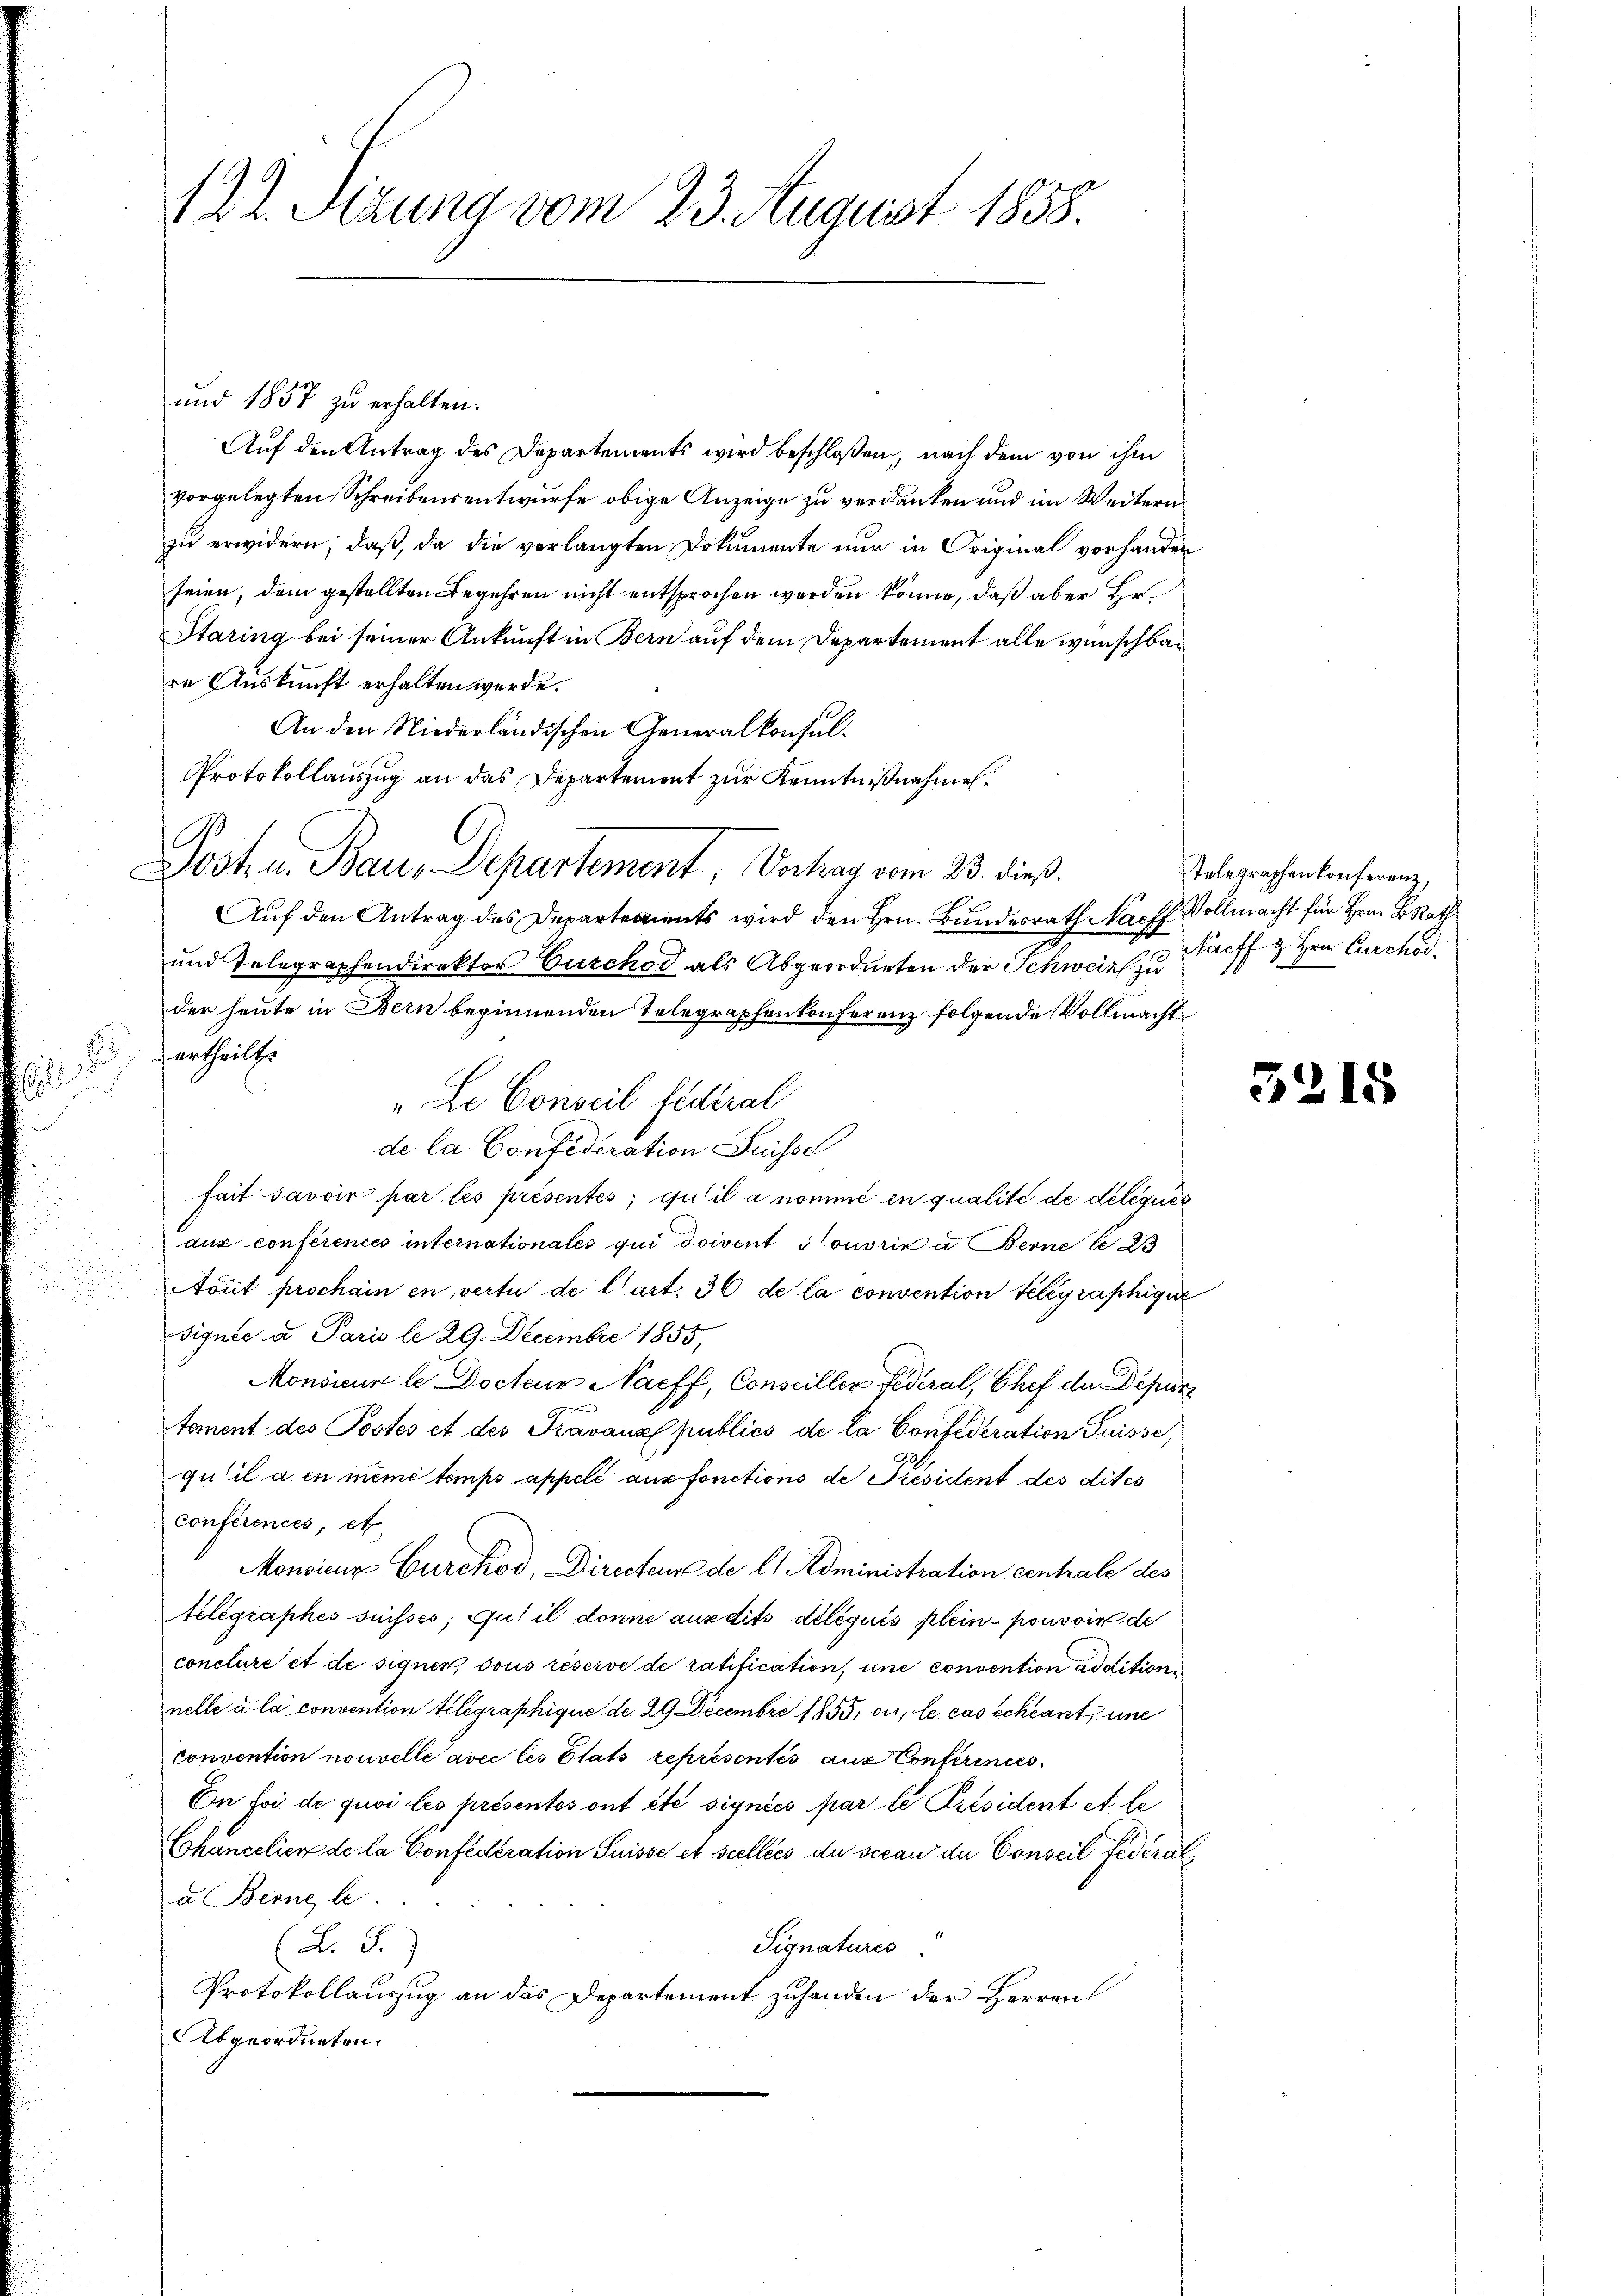
.

und 1857 zu erhalten.
Auf den Antrag des Departements wird beschloßen, nach dem von ihm
vorgelegten Schreibensentwurfe obige Anzeige zu verdanken und im Weitern
zŭ erwidern, daß, da die verlangten Dokumente nur in Original vorhanden
seien, dem gestellten Begehren nicht entsprochen werden könne, daß aber Hr.
Staring bei seiner Ankunft in Bern auf dem Departement alle wünschbar
re Auskunft erhalten werde.
An den Niederländischen Generalkonsul¬
Protokollauszug an das Departement zur Kenntnißnahmen.
Auf den Antrag des Departements wird den Hrn. Bundesrath Nach Vollmacht für Hrn. BRat
und Telegraphendirektor Durchod als Abgeordneten der Schweiz zu
der heute in Bern beginnenden Telegraphenkonferenz folgende Vollmacht
 ertheilt.
de la Confideration Suisse
fait savoir par les présentés, qu’il a nommé en qualité de delique
aux conférences internationales qui doivent ouvrie a. Berne le 23
Aout prochain en vertu de l’art. 36 de la convention telegraphige
signie u. Paris le 29. Decembre 1855,
Monsieur le Docteur Nacff, Conseiller Federal, Chef der Deput
toment des Postes et des Fravaux publics de la Confederation Suisse,
qu’il a en même temps appelé ausfonctions de Président des dites
conférences, et
Monsieur Burckod, Directeur de l. Administration contrale des
telegraphes susses, gut il donne ausdits délégués plein pouvoir de
conclure et de signer, sous réserve de ratification, une convention additioni
nelle a la convention telegraphique de 29 Decembre 1855, ou, le cas échéant, une
convention nouvelle avec les Etats représentés aus Conferenies
On foi de quoi les présentés ont été signées par le Président et le
Chancelier de la Confederation Suisse et scellées du secan der Conseil Federar
a Berne le
(L. S.
Signatures
Protokollauszug an das Departement zuhanden der Herren
Abgeordneten.

12. Sitzung vom 23. August 1858.

Post. u. Bau, Departement, Vortrag vom 23. dieß.

„Le Conseil fédéral

Telegraphenkonferenz
Nacff z. Hrn. Curchod.

3215